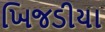
ખિજડીયા